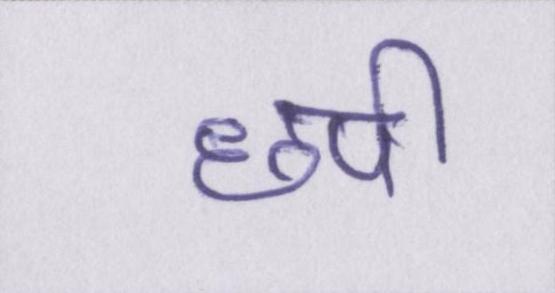
छपी